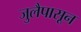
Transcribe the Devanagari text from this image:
जुलैपासून